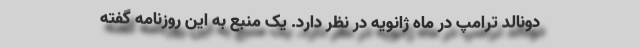
دونالد ترامپ در ماه ژانویه در نظر دارد. یک منبع به این روزنامه گفته